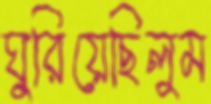
ঘুরিয়েছিলুম